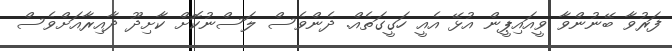
ފަރުވާ ބޭނުންވާ ވީއައިޕީން އުޅޭ އެއީ ހަގީގަތެއް. ދެންވެސް ލަސްނުކޮށް ކާށިދޫ ދާއިރާއަށްވެެސް